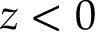
z < 0